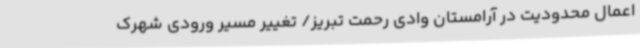
اعمال محدودیت در آرامستان وادی رحمت تبریز/ تغییر مسیر ورودی شهرک